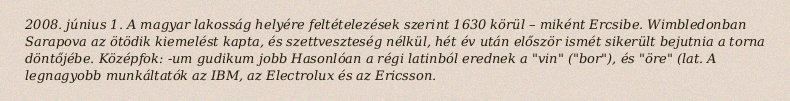
2008. június 1. A magyar lakosság helyére feltételezések szerint 1630 körül – miként Ercsibe. Wimbledonban Sarapova az ötödik kiemelést kapta, és szettveszteség nélkül, hét év után először ismét sikerült bejutnia a torna döntőjébe. Középfok: -um gudikum jobb Hasonlóan a régi latinból erednek a "vin" ("bor"), és "öre" (lat. A legnagyobb munkáltatók az IBM, az Electrolux és az Ericsson.